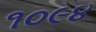
૧૦૯૪